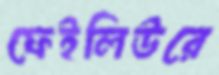
ফেইলিউরে